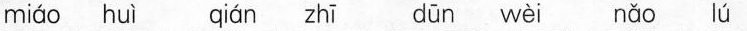
miáo huì qián zhī dūn wèi nǎo lú